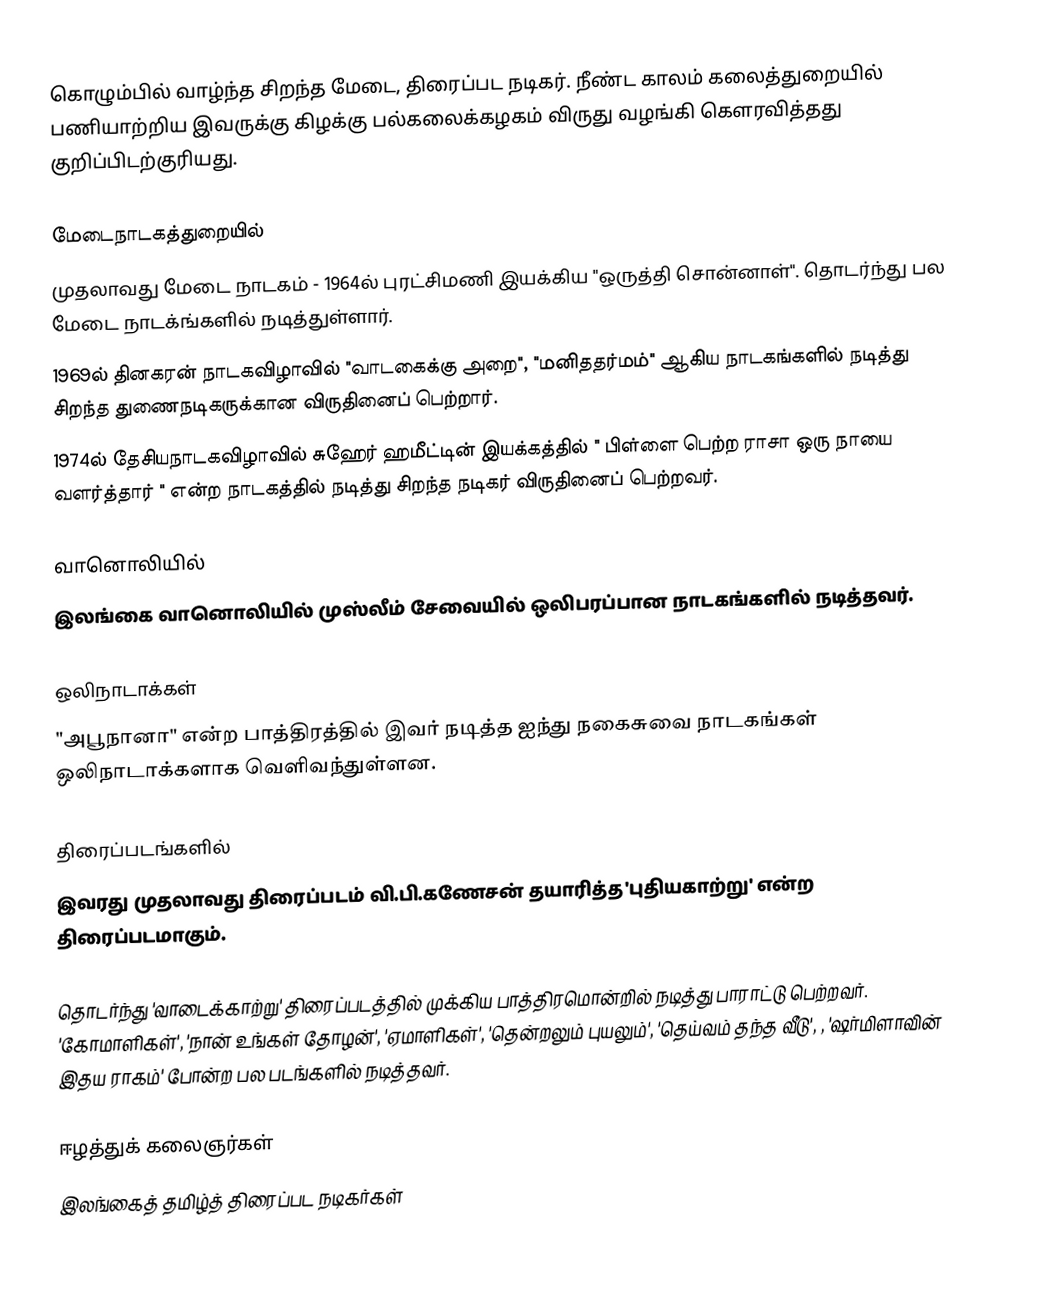
கொழும்பில் வாழ்ந்த சிறந்த மேடை, திரைப்பட நடிகர். நீண்ட காலம் கலைத்துறையில் பணியாற்றிய இவருக்கு கிழக்கு பல்கலைக்கழகம் விருது வழங்கி கெளரவித்தது குறிப்பிடற்குரியது.

மேடைநாடகத்துறையில்
முதலாவது மேடை நாடகம் - 1964ல் புரட்சிமணி இயக்கிய "ஒருத்தி சொன்னாள்". தொடர்ந்து பல மேடை நாடக்ங்களில் நடித்துள்ளார்.
1969ல் தினகரன் நாடகவிழாவில் "வாடகைக்கு அறை", "மனிததர்மம்" ஆகிய நாடகங்களில் நடித்து சிறந்த துணைநடிகருக்கான விருதினைப் பெற்றார்.
1974ல் தேசியநாடகவிழாவில் சுஹேர் ஹமீட்டின் இயக்கத்தில் " பிள்ளை பெற்ற ராசா ஒரு நாயை வளர்த்தார் " என்ற நாடகத்தில் நடித்து சிறந்த நடிகர் விருதினைப் பெற்றவர்.

வானொலியில்
இலங்கை வானொலியில் முஸ்லீம் சேவையில் ஒலிபரப்பான நாடகங்களில் நடித்தவர்.

ஒலிநாடாக்கள்
"அபூநானா" என்ற பாத்திரத்தில் இவர் நடித்த ஐந்து  நகைசுவை நாடகங்கள் ஒலிநாடாக்களாக வெளிவந்துள்ளன.

திரைப்படங்களில்
இவரது முதலாவது திரைப்படம் வி.பி.கணேசன் தயாரித்த 'புதியகாற்று' என்ற திரைப்படமாகும்.

தொடர்ந்து 'வாடைக்காற்று' திரைப்படத்தில் முக்கிய பாத்திரமொன்றில் நடித்து பாராட்டு பெற்றவர். 'கோமாளிகள்', 'நான் உங்கள் தோழன்', 'ஏமாளிகள்', 'தென்றலும் புயலும்', 'தெய்வம் தந்த வீடு',  , 'ஷர்மிளாவின் இதய ராகம்' போன்ற பல படங்களில் நடித்தவர்.

ஈழத்துக் கலைஞர்கள்
இலங்கைத் தமிழ்த் திரைப்பட நடிகர்கள்